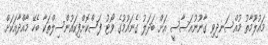
މައުލޫމާތު މުއްސަނދިވި ގާނޫނުއަސާސީ އަށް ބަދަލު ގެނައުމުގެ ވޯޓު ފަސްކޮށްފިކައުންސިލްތަކާ ބެހޭ މާއްދާއަކަށް